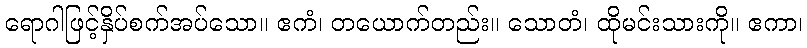
ရောဂါဖြင့်နှိပ်စက်အပ်သော။ ဧကံ၊ တယောက်တည်း။ သောတံ၊ ထိုမင်းသားကို။ ဧကာ၊